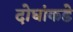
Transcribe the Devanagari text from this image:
दोघांकडे